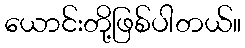
ယောင်းတို့ဖြစ်ပါတယ်။